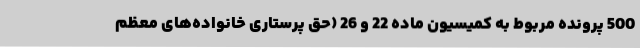
500 پرونده مربوط به کمیسیون ماده 22 و 26 (حق پرستاری خانواده‌های معظم